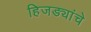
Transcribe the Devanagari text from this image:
हिजड्यांचे